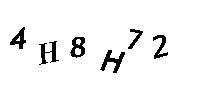
4H8H72